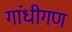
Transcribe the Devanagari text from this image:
गांधीगण